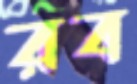
রব